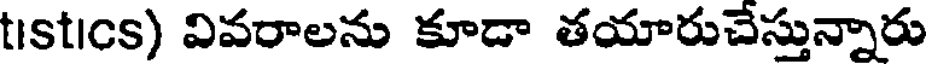
tistics) వివరాలను కూడా తయారుచేస్తున్నారు